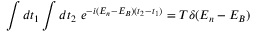
\int d t _ { 1 } \int d t _ { 2 } ~ e ^ { - i ( E _ { n } - E _ { B } ) ( t _ { 2 } - t _ { 1 } ) } = T \delta ( E _ { n } - E _ { B } )